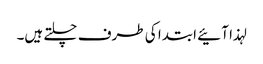
لہذا آئیے ابتدا کی طرف چلتے ہیں۔